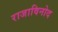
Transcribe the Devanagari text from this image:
राजाविनोद